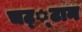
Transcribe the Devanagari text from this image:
चट््टान